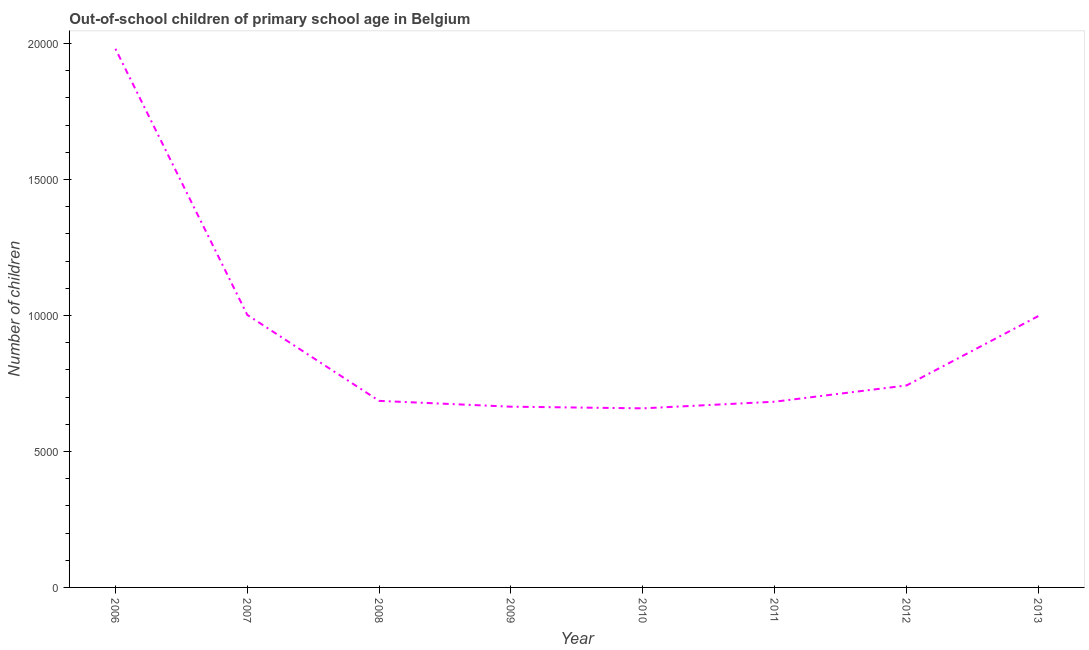
| Year | Out-of-school children of primary school age |
 | --- | --- |
 | 2006 | 1.98e+04 |
 | 2007 | 1e+04 |
 | 2008 | 6.86e+03 |
 | 2009 | 6.65e+03 |
 | 2010 | 6.59e+03 |
 | 2011 | 6.83e+03 |
 | 2012 | 7.43e+03 |
 | 2013 | 9.98e+03 |